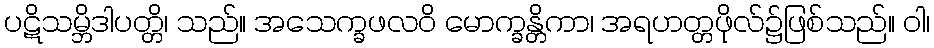
ပဋိသမ္ဘိဒါပတ္တိ၊ သည်။ အသေက္ခဖလဝိ မောက္ခန္တိကာ၊ အရဟတ္တဖိုလ်၌ဖြစ်သည်။ ဝါ၊